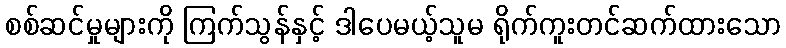
စစ်ဆင်မှုများကို ကြက်သွန်နှင့် ဒါပေမယ့်သူမ ရိုက်ကူးတင်ဆက်ထားသော